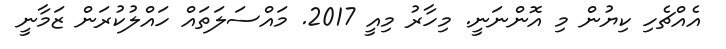
އެއްޗެހި ކިޔުން މި އޮންނަނީ. މިހާރު މިއީ 2017. މައްސަލަތައް ހައްލުކުރަން ޒަމާނީ